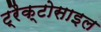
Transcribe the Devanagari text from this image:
ट्रैक्टोसाइल